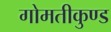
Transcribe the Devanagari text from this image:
गोमतीकुण्ड